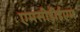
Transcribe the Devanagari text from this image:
एमसीडीईएम